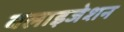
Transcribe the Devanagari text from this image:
बलाइजेशन